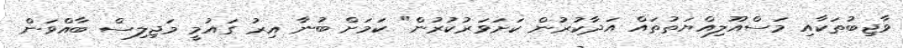
ވާޖިބުތަކާއި މަސްއޫލިއްޔަތުތައް އަދާކުރުން ކަށަވަރުކުރުން" ކަމަށް ބުނާ އިރު ގައުމީ މަޖިލިސް ބާއްވަން